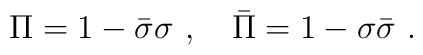
\Pi=1-\bar\sigma\sigma\,\,,\quad \bar\Pi=1-\sigma\bar\sigma\,\,.